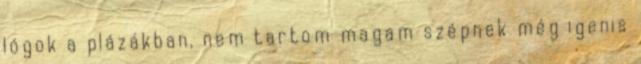
lógok a plázákban, nem tartom magam szépnek még igenis